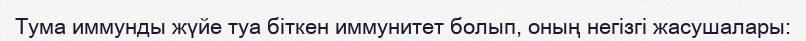
Тума иммунды жүйе туа біткен иммунитет болып, оның негізгі жасушалары: